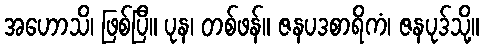
အဟောသိ၊ ဖြစ်ပြီ။ ပုန၊ တစ်ဖန်။ ဇနပဒစာရိကံ၊ ဇနပုဒ်သို့။